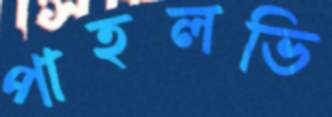
পাহলভি